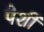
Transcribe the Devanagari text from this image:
पेशीं